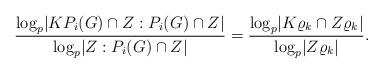
LaTeX: \begin{align*} \frac{\log_p \lvert K P_i(G) \cap Z : P_i(G) \cap Z \rvert}{\log_p \lvert Z : P_i(G) \cap Z \rvert} = \frac{\log_p \lvert K \varrho_k \cap Z \varrho_k \rvert}{\log_p \lvert Z \varrho_k \rvert}. \end{align*}